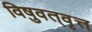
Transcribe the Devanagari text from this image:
विषुवत्‌वृत्त